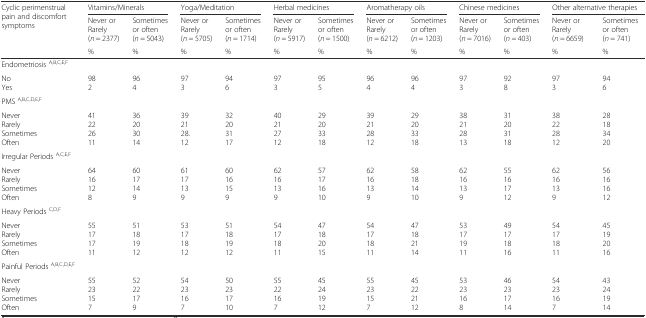
<table><thead><tr><td rowspan="2"><b>Cyclic perimenstrual pain and discomfort symptoms</b></td><td colspan="2"><b>Vitamins/Minerals</b></td><td colspan="2"><b>Yoga/Meditation</b></td><td colspan="2"><b>Herbal medicines</b></td><td colspan="2"><b>Aromatherapy oils</b></td><td colspan="2"><b>Chinese medicines</b></td><td colspan="2"><b>Other alternative therapies</b></td></tr><tr><td><b>Never orRarely(<i>n</i> = 2377)</b></td><td><b>Sometimesor often(<i>n</i> = 5043)</b></td><td><b>Never orRarely(<i>n</i> = 5705)</b></td><td><b>Sometimesor often(<i>n</i> = 1714)</b></td><td><b>Never orRarely(<i>n</i> = 5917)</b></td><td><b>Sometimesor often(<i>n</i> = 1500)</b></td><td><b>Never orRarely(<i>n</i> = 6212)</b></td><td><b>Sometimesor often(<i>n</i> = 1203)</b></td><td><b>Never orRarely(<i>n</i> = 7016)</b></td><td><b>Sometimesor often(<i>n</i> = 403)</b></td><td><b>Never orRarely(<i>n</i> = 6659)</b></td><td><b>Sometimesor often(<i>n</i> = 741)</b></td></tr><tr><td></td><td><b>%</b></td><td><b>%</b></td><td><b>%</b></td><td><b>%</b></td><td><b>%</b></td><td><b>%</b></td><td><b>%</b></td><td><b>%</b></td><td><b>%</b></td><td><b>%</b></td><td><b>%</b></td><td><b>%</b></td></tr></thead><tbody><tr><td>Endometriosis <sup>A,B,C,E,F</sup></td><td></td><td></td><td></td><td></td><td></td><td></td><td></td><td></td><td></td><td></td><td></td><td></td></tr><tr><td>NoYes</td><td>982</td><td>964</td><td>973</td><td>946</td><td>973</td><td>955</td><td>964</td><td>964</td><td>973</td><td>928</td><td>973</td><td>946</td></tr><tr><td>PMS <sup>A,B,C,D,E,F</sup></td><td></td><td></td><td></td><td></td><td></td><td></td><td></td><td></td><td></td><td></td><td></td><td></td></tr><tr><td>NeverRarelySometimesOften</td><td>41222611</td><td>36203014</td><td>392128.12</td><td>32203117</td><td>40212712</td><td>29203318</td><td>39212812</td><td>29203318</td><td>38212813</td><td>31203118</td><td>38222812</td><td>28183420</td></tr><tr><td>Irregular Periods <sup>A,C,E,F</sup></td><td></td><td></td><td></td><td></td><td></td><td></td><td></td><td></td><td></td><td></td><td></td><td></td></tr><tr><td>NeverRarelySometimesOften</td><td>6416128</td><td>6017149</td><td>6117139</td><td>6016159</td><td>6216139</td><td>57171610</td><td>6216139</td><td>58181410</td><td>6216139</td><td>55161712</td><td>6216139</td><td>56161612</td></tr><tr><td>Heavy Periods <sup>C,D,F</sup></td><td></td><td></td><td></td><td></td><td></td><td></td><td></td><td></td><td></td><td></td><td></td><td></td></tr><tr><td>NeverRarelySometimesOften</td><td>55171711</td><td>51181912</td><td>53171812</td><td>51181912</td><td>54171811</td><td>47182015</td><td>54171811</td><td>47182114</td><td>53171911</td><td>49171816</td><td>54171811</td><td>45192016</td></tr><tr><td>Painful Periods <sup>A,B,C,D,E,F</sup></td><td></td><td></td><td></td><td></td><td></td><td></td><td></td><td></td><td></td><td></td><td></td><td></td></tr><tr><td>NeverRarelySometimesOften</td><td>5523157</td><td>5222179</td><td>5423167</td><td>50231710</td><td>5522167</td><td>45241912</td><td>5523157</td><td>45222112</td><td>5323168</td><td>46231714</td><td>5423167</td><td>43241914</td></tr></tbody></table>